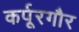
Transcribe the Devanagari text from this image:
कर्पूरगौर